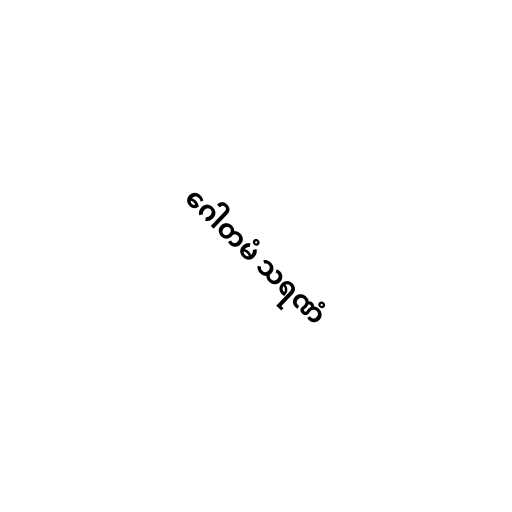
ဂေါတမံ သရဏံ